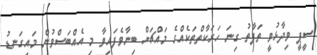
ސީޕީ ވިދާޅުވީ ތަފާތު ގިނަ ހަރަކާތްތަކެއްގެ މައްޗަށް ބިނާވެފައިވާ މި އެއްބަސްވުން މައިގަނޑު